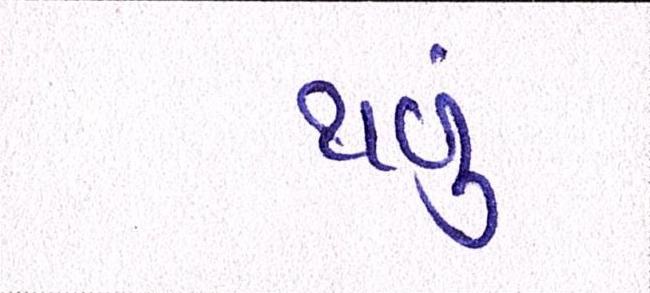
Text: થવું